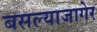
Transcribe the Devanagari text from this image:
बसल्याजागेर